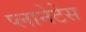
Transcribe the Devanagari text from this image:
प्लानेटेस